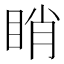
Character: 睄